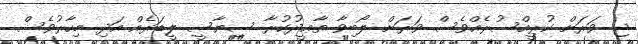
ޖ. ވަރަށް ކުރީއްސުރެއްވެސް ވަރަށް ލޯބިވާ ތާޢީދުކުރާ ސިޔާސީ ލީޑަރެއް އަދި މިހާރުވެސް